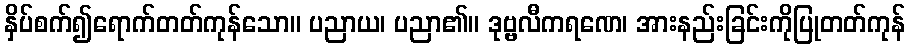
နှိပ်စက်၍ရောက်တတ်ကုန်သော။ ပညာယ၊ ပညာ၏။ ဒုဗ္ဗလီကရဏေ၊ အားနည်းခြင်းကိုပြုတတ်ကုန်